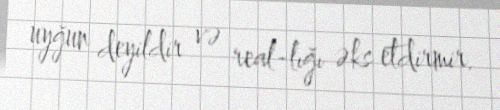
uyğun deyildir və real­lığı əks etdirmir.